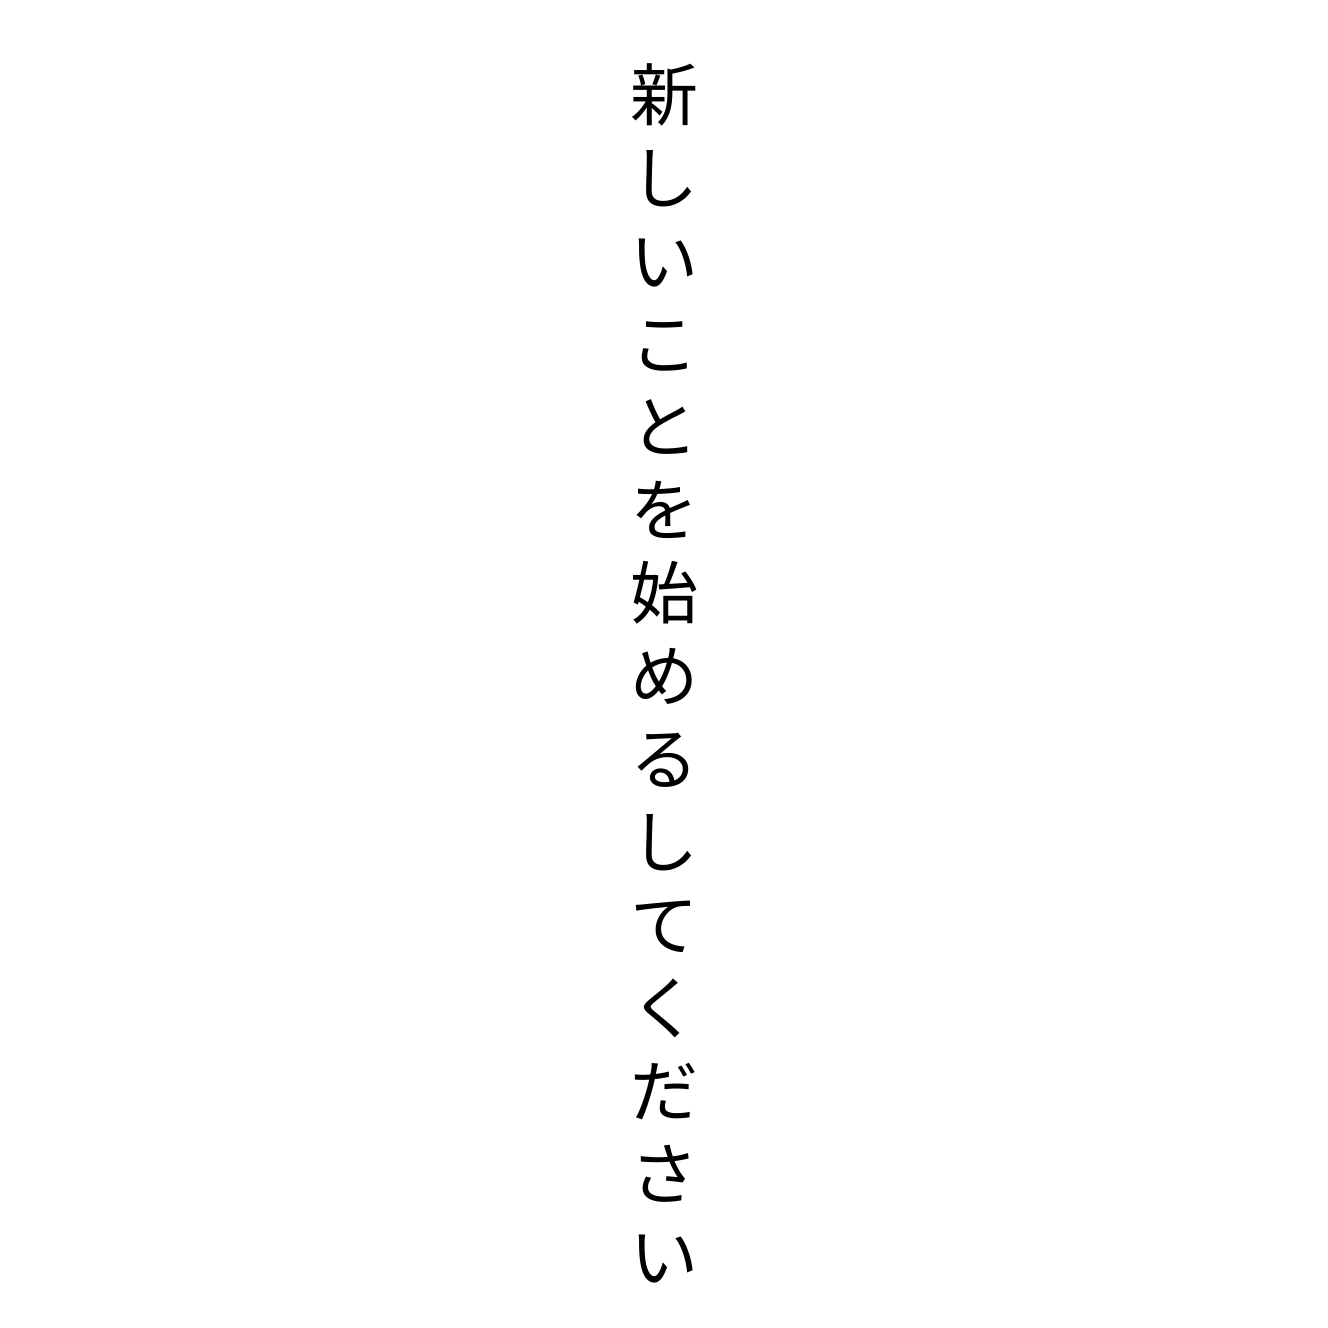
新しいことを始めるしてください